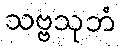
သဗ္ဗသုဘံ